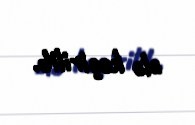
ələ keçirilib.